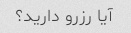
آیا رزرو دارید؟